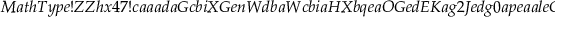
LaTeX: M a t h T y p e ! Z Z h x 4 7 ! c a a a d a G c b i X G e n W d b a W c b i a H X b q e a O G e d E K a g 2 J e d g 0 a p e a a l e G a e g